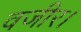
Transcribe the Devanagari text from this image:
वजीर।